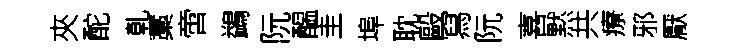
夾酡乹藁啻鷁阮醖圭埠耽毆冩阮喜黙共療邪厭